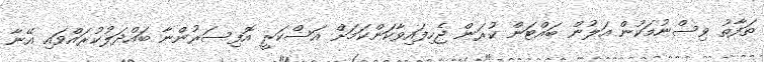
ތަފާތު ވިސްނުމަކުން އަލުން ބައްޓަން ކުރަން ޖެހިފައިވާކަންކަމަށް އަސްކަރީ އޮފިސަރުންނާ ބައްދަލުކުރައްވައި އޭނާ